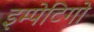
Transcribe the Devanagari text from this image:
इम्पेटिगो